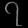
Digit: ၇